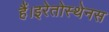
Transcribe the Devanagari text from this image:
हैं।इरेतोस्थेनस